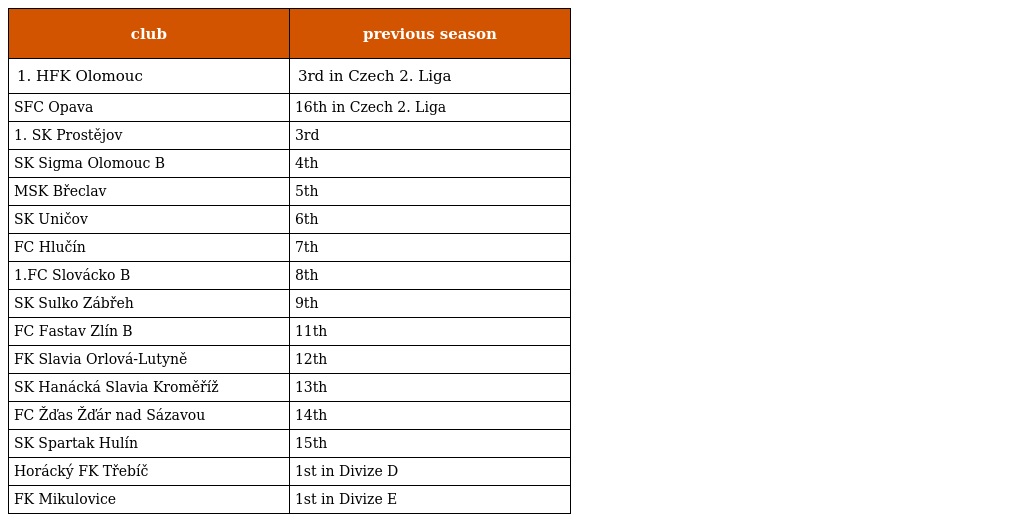
| club | previous season |
 | --- | --- |
 | 1. HFK Olomouc | 3rd in Czech 2. Liga |
 | SFC Opava | 16th in Czech 2. Liga |
 | 1. SK Prostějov | 3rd |
 | SK Sigma Olomouc B | 4th |
 | MSK Břeclav | 5th |
 | SK Uničov | 6th |
 | FC Hlučín | 7th |
 | 1.FC Slovácko B | 8th |
 | SK Sulko Zábřeh | 9th |
 | FC Fastav Zlín B | 11th |
 | FK Slavia Orlová-Lutyně | 12th |
 | SK Hanácká Slavia Kroměříž | 13th |
 | FC Žďas Žďár nad Sázavou | 14th |
 | SK Spartak Hulín | 15th |
 | Horácký FK Třebíč | 1st in Divize D |
 | FK Mikulovice | 1st in Divize E |